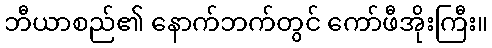
ဘီယာစည်၏ နောက်ဘက်တွင် ကော်ဖီအိုးကြီး။